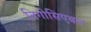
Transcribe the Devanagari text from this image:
निगोसिएबल